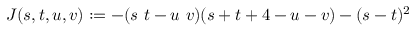
J ( s , t , u , v ) : = - ( s ~ t - u ~ v ) ( s + t + 4 - u - v ) - ( s - t ) ^ { 2 } \,